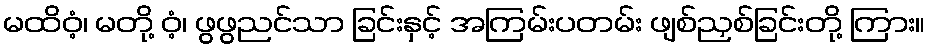
မထိဝံ့၊ မတို့ ဝံ့၊ ဖွဖွညင်သာ ခြင်းနှင့် အကြမ်းပတမ်း ဖျစ်ညှစ်ခြင်းတို့ ကြား။